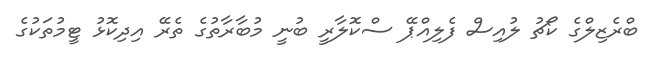
ބްރެޒިލްގެ ކޯޗު ލުއިސް ފެލިއްޕޭ ސްކޮލާރީ ބުނީ މުބާރާތުގެ ތެރޭ އިދިކޮޅު ޓީމުތަކުގެ